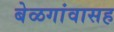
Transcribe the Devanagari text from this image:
बेळगांवासह